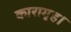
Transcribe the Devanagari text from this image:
कारागृह।